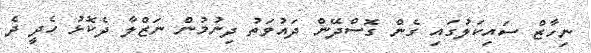
ނިހާޒް ސައިކަލުގައި ގެން ގޮސްދޭން ދައުވަތު ދިނުމުން ނަޒްލާ ދެކޮޅު ހެދީ ދެ